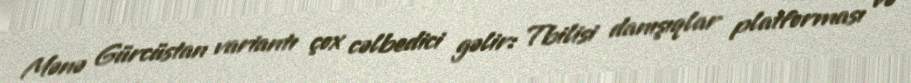
Mənə Gürcüstan variantı çox cəlbedici gəlir: Tbilisi danışıqlar platforması və